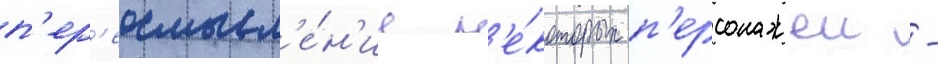
п'ер'еосмысл'е́н'ие н'е́которых п'ерсонажеи -